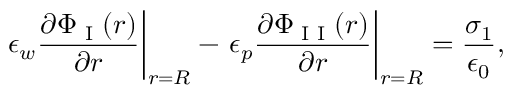
\left. \epsilon _ { w } \frac { \partial \Phi _ { \textrm { I } } ( r ) } { \partial r } \right| _ { r = R } - \left. \epsilon _ { p } \frac { \partial \Phi _ { \textrm { I I } } ( r ) } { \partial r } \right| _ { r = R } = \frac { \sigma _ { 1 } } { \epsilon _ { 0 } } ,